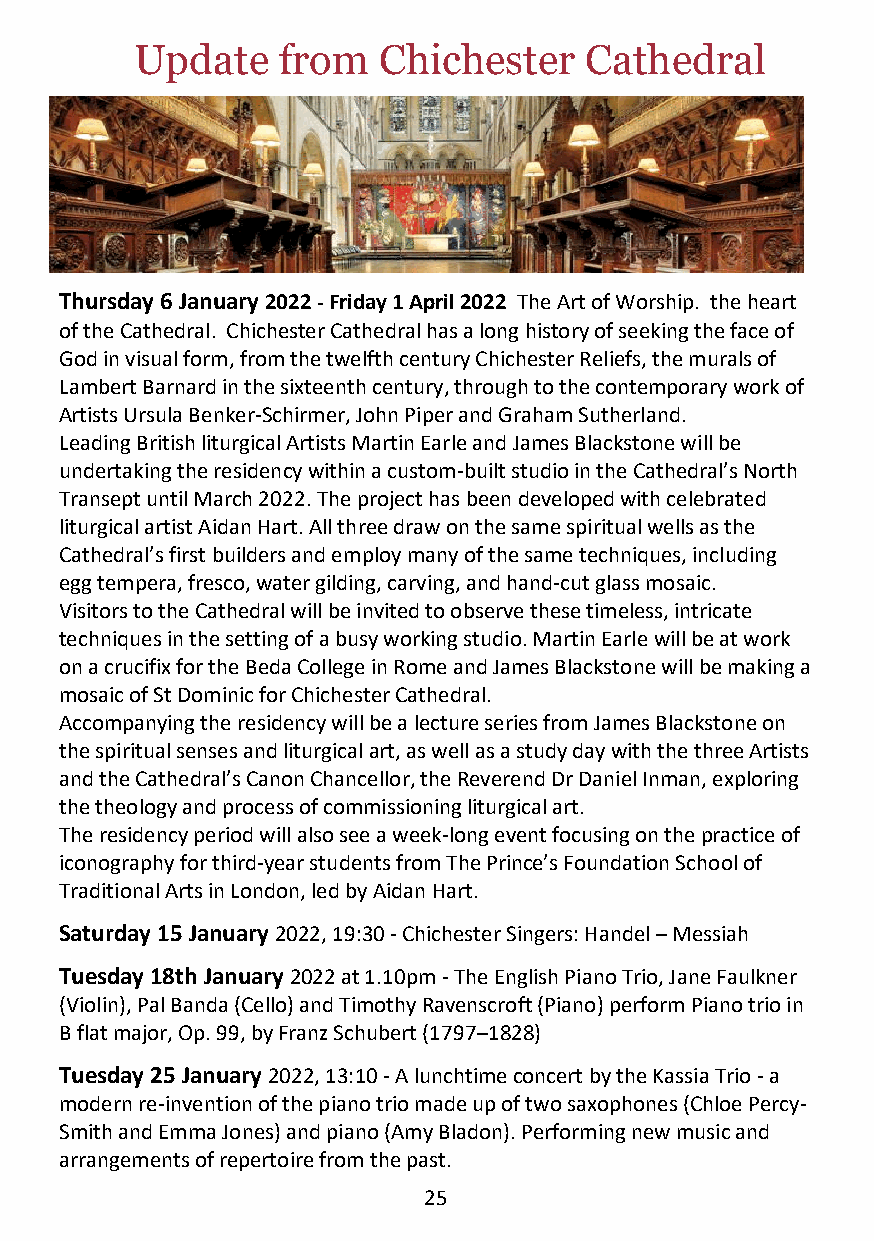
Update   from   Chichester    Cathedral
 Thursday 6 January 2022 - Friday 1 April 2022 The Art of Worship. the heart
 of the Cathedral. Chichester Cathedral has a long history of seeking the face of
 God in visual form, from the twelfth century Chichester Reliefs, the murals of
 Lambert Barnard in the sixteenth century, through to the contemporary work of
 Artists Ursula Benker-Schirmer, John Piper and Graham Sutherland.
 Leading British liturgical Artists Martin Earle and James Blackstone will be
 undertaking the residency within a custom-built studio in the Cathedral’s North
 Transept until March 2022. The project has been developed with celebrated
 liturgical artist Aidan Hart. All three draw on the same spiritual wells as the
 Cathedral’s first builders and employ many of the same techniques, including
 egg tempera, fresco, water gilding, carving, and hand-cut glass mosaic.
 Visitors to the Cathedral will be invited to observe these timeless, intricate
 techniques in the setting of a busy working studio. Martin Earle will be at work
 on a crucifix for the Beda College in Rome and James Blackstone will be making a
 mosaic of St Dominic for Chichester Cathedral.
 Accompanying the residency will be a lecture series from James Blackstone on
 the spiritual senses and liturgical art, as well as a study day with the three Artists
 and the Cathedral’s Canon Chancellor, the Reverend Dr Daniel Inman, exploring
 the theology and process of commissioning liturgical art.
 The residency period will also see a week-long event focusing on the practice of
 iconography for third-year students from The Prince’s Foundation School of
 Traditional Arts in London, led by Aidan Hart.
 Saturday 15 January 2022, 19:30 - Chichester Singers: Handel – Messiah
 Tuesday 18th January 2022 at 1.10pm - The English Piano Trio, Jane Faulkner
 (Violin), Pal Banda (Cello) and Timothy Ravenscroft (Piano) perform Piano trio in
 B flat major, Op. 99, by Franz Schubert (1797–1828)
 Tuesday 25 January 2022, 13:10 - A lunchtime concert by the Kassia Trio - a
 modern re-invention of the piano trio made up of two saxophones (Chloe Percy-
 Smith and Emma Jones) and piano (Amy Bladon). Performing new music and
 arrangements of repertoire from the past.
 25